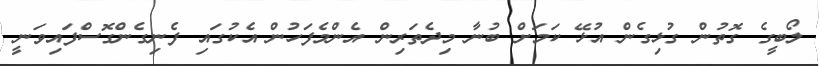
ލޯބީގެ ގޮތުން ގުޅިގެން އުޅޭ ކަމަށް ބުނާ މިދެތަރިން އެންމެފަހުން އެކުގައި ފެނިގެންގޮސްފައިވަނީ